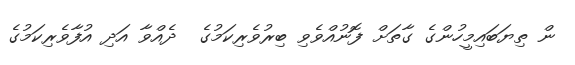
ން ތިޔަބައިމީހުންގެ ގާތަށް ފޮނުއްވެވި ބިރުވެރިކަމުގެ  ދެއްވާ އަދި އުފާވެރިކަމުގެ